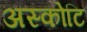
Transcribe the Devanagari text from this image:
अस्कोटि